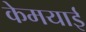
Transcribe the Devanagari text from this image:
केमयाई